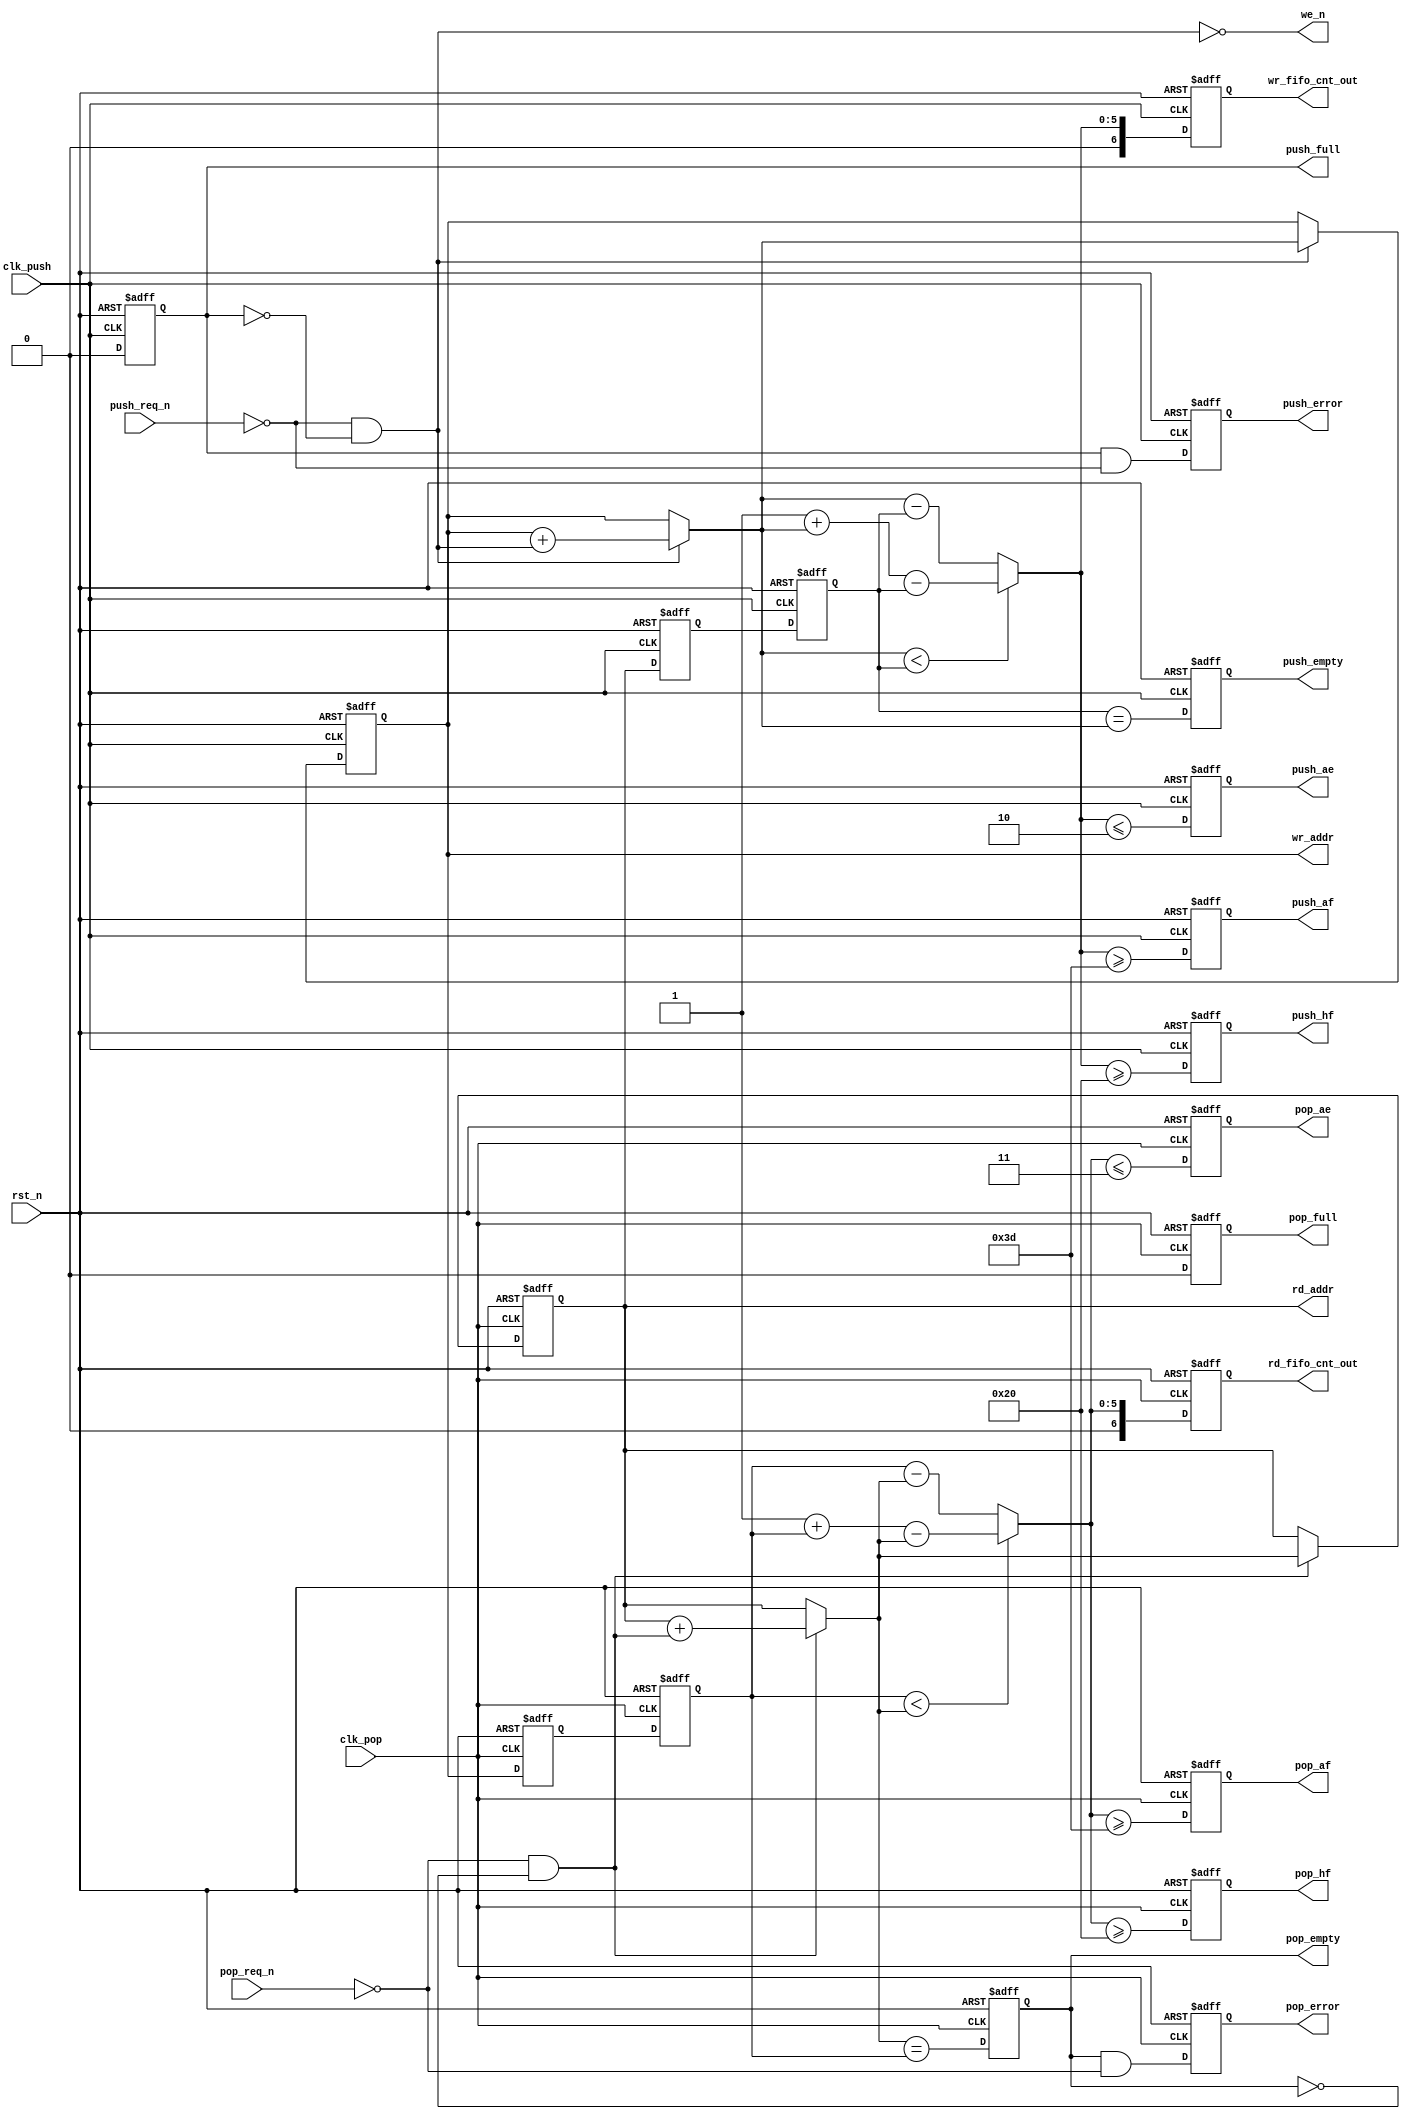

//--------------------------------------------------------------------------------------------------
//
// Title       : fifoctl_s2_sf_bin
// Design      : fifoctl_s2_sf_bin


//-------------------------------------------------------------------------------------------------
//
// Description : fifoctl_s2_sf_bin is a dual independent clock FIFO RAM controller. It is designed to 
// interface with a dual-port synchronous RAM. The RAM must have:
//   A synchronous write port and An asynchronous read port.
//
// The FIFO controller provides address generation, write enable logic, flag logic, and operational
// error detection logic. Always use depth values that are powers of 2, (i.e. 8, 16, 32, 64, etc) to 
// ensure accurate and predictable status flag behavior. For depth values that are not a power of 2,
// logic controlling the FIFO must use the flags for flow control on a cycle-by-cycle basis. 
//
//-------------------------------------------------------------------------------------------------
// Fixes  : Fix for pop_ae. Removed checking of pop_empty in this case. This is not required
//          This could be valid if done combinatorially. Since this is registered, if the clock is
//					is lost when pop_empty is high, the pop_ae remains high till sync stages when clock is
//					recovered. And pop_full  --Nithin

`timescale 1ns/10ps

module fifoctl_s2_sf_bin
	(
	clk_push,
	clk_pop,
	rst_n,
	push_req_n,
	pop_req_n,
	we_n,
	push_empty,
	push_ae,
	push_hf,
	push_af,
	push_full,
	push_error,
	pop_empty,
	pop_ae,
	pop_hf,
	pop_af,
	pop_full,
	pop_error,
	wr_addr,
	rd_addr,
    rd_fifo_cnt_out,
    wr_fifo_cnt_out
	)/* synthesis syn_builtin_du = "weak" */;

	//Parameter declaration
	parameter 				depth		= 64;
	parameter 				push_ae_lvl	= 2;
	parameter 				push_af_lvl	= 3;
	parameter 				pop_ae_lvl	= 3;
	parameter 				pop_af_lvl	= 3;
	parameter 				err_mode	= 1;
	parameter 				push_sync	= 2;
	parameter 				pop_sync	= 2;
	parameter 				rst_mode	= 0; 

//implementing log2(depth)
`define _synp_dep depth
// +* `include "inc_file.inc"
//$Header: //synplicity/map510rc/designware/inc_file.inc#1 $
//-------------------------------------------------------------------------------------------------
//
// Title       : inc_file.inc 
// Design      : Include file for dw_verilog.v 

// Company     : Synplicity Inc.
// Version     : 3.1
//
//-------------------------------------------------------------------------------------------------


	`define C0 0+(`_synp_dep>1)+(`_synp_dep>2)+(`_synp_dep>4)+(`_synp_dep>8)+(`_synp_dep>16)+(`_synp_dep>32)+(`_synp_dep>64)                  
	`define C1 +(`_synp_dep>128)+(`_synp_dep>256)+(`_synp_dep>512)+(`_synp_dep>1028)+(`_synp_dep>2046)+(`_synp_dep>4096)              
	`define C2 +(`_synp_dep>8192)+(`_synp_dep>16384)+(`_synp_dep>32768)+(`_synp_dep>65536)+(`_synp_dep>131072)                
	`define C3 +(`_synp_dep>1<<18)+(`_synp_dep>1<<19)+(`_synp_dep>1<<20)+(`_synp_dep>1<<21)+(`_synp_dep>1<<22)                
	`define C4 +(`_synp_dep>1<<23)+(`_synp_dep>1<<24)+(`_synp_dep>1<<25)+(`_synp_dep>1<<26)+(`_synp_dep>1<<27)                
	`define C5 +(`_synp_dep>1<<28)+(`_synp_dep>1<<29)+(`_synp_dep>1<<30)                           
	`define C2BITS `C0 `C1 `C2 `C3 `C4 `C5                             



`define _synp_bit_width `C2BITS 

    //Input/output declaration
	input 								clk_push;        
	input 								clk_pop;         
	input								rst_n;           
	input								push_req_n;      
	input   							pop_req_n;       
	output   							we_n;            
	output   							push_empty;      
	output   							push_ae;         
	output   							push_hf;         
	output   							push_af;         
	output								push_full;       
	output								push_error;      
	output								pop_empty;       
	output								pop_ae;          
	output								pop_hf;          
	output								pop_af;          
	output								pop_full;        
	output								pop_error;       
	output	[`_synp_bit_width - 1 : 0]	wr_addr;   
	output	[`_synp_bit_width - 1 : 0]	rd_addr;  
	output	[`_synp_bit_width : 0]	    wr_fifo_cnt_out;   
	output	[`_synp_bit_width : 0]	    rd_fifo_cnt_out;  
 
    //Internal register declaration	 
	//All pointers are _synp_bit_width + 1 size
	wire 							read_allow;
	wire 							write_allow;
	wire [`_synp_bit_width - 1 : 0] rd_ptr_b;
	reg [`_synp_bit_width - 1 : 0]  rd_ptr_bs;
	reg [`_synp_bit_width - 1 : 0]  rd_ptr_ba;
	reg [`_synp_bit_width - 1 : 0]  rd_ptr_nxt_b;
	wire [`_synp_bit_width - 1 : 0] rd_ptr_b1;
	reg [`_synp_bit_width - 1 : 0]  rd_ptr_b1_s;
	reg [`_synp_bit_width - 1 : 0]  rd_ptr_b1_a;
	wire [`_synp_bit_width - 1 : 0] rd_ptr_b2;
	reg [`_synp_bit_width - 1 : 0]  rd_ptr_b2_s;
	reg [`_synp_bit_width - 1 : 0]  rd_ptr_b2_a;
	wire [`_synp_bit_width - 1 : 0] rd_ptr_b3;
	reg [`_synp_bit_width - 1 : 0]  rd_ptr_b3_s;
	reg [`_synp_bit_width - 1 : 0]  rd_ptr_b3_a;
	wire [`_synp_bit_width - 1 : 0] rd_ptr_bw;
	wire [`_synp_bit_width - 1 : 0] rd_fifo_cnt;
	wire                            pop_empty;
	reg                             pop_empty_s;
	reg                             pop_empty_a;
	wire 							pop_ae;
	reg 							pop_ae_s;
	reg 							pop_ae_a;
	wire 							pop_hf;
	reg 							pop_hf_s;
	reg 							pop_hf_a;
	wire 							pop_af;
	reg 							pop_af_s;
	reg 							pop_af_a;
	wire 							pop_full;
	reg 							pop_full_s;
	reg 							pop_full_a;
	wire 							pop_err;
	wire 							pop_error;
	reg 							pop_error_s;
	reg 							pop_error_a;
	wire [`_synp_bit_width - 1 : 0]	rd_addr_b;   
	reg [`_synp_bit_width - 1 : 0]  wr_ptr_bs;
	reg [`_synp_bit_width - 1 : 0]  wr_ptr_ba;
	wire [`_synp_bit_width - 1 : 0] wr_ptr_b;
	reg [`_synp_bit_width - 1 : 0]  wr_ptr_nxt_b;
	wire [`_synp_bit_width - 1 : 0] wr_ptr_b1;
	reg [`_synp_bit_width - 1 : 0]  wr_ptr_b1_s;
	reg [`_synp_bit_width - 1 : 0]  wr_ptr_b1_a;
	wire [`_synp_bit_width - 1 : 0] wr_ptr_b2;
	reg [`_synp_bit_width - 1 : 0]  wr_ptr_b2_s;
	reg [`_synp_bit_width - 1 : 0]  wr_ptr_b2_a;
	wire [`_synp_bit_width - 1 : 0] wr_ptr_b3;
	reg [`_synp_bit_width - 1 : 0]  wr_ptr_b3_s;
	reg [`_synp_bit_width - 1 : 0]  wr_ptr_b3_a;
	wire [`_synp_bit_width - 1 : 0] wr_ptr_br;
	wire [`_synp_bit_width - 1 : 0] wr_fifo_cnt;
	wire [`_synp_bit_width - 1 : 0] wr_ptr_gr;
	wire [`_synp_bit_width - 1 : 0] wr_ptr_nxt_br;
	wire 							push_full;
	reg 							push_full_s;
	reg 							push_full_a;
	wire 							push_empty;
	reg 							push_empty_s;
 	reg 							push_empty_a;
	wire 							push_ae;
	reg 							push_ae_s;
	reg 							push_ae_a;
	wire 							push_hf;
	reg 							push_hf_s;
	reg 							push_hf_a;
	wire 							push_af;
	reg 							push_af_s;
	reg 							push_af_a;
	wire 							push_err;
	wire 							push_error;
	reg 							push_error_s;
	reg 							push_error_a;
	wire [`_synp_bit_width - 1 : 0]	wr_addr_br;   
	reg [`_synp_bit_width : 0]	    wr_fifo_cnt_out_s;   
	reg [`_synp_bit_width : 0]	    rd_fifo_cnt_out_s;  
	reg [`_synp_bit_width : 0]	    wr_fifo_cnt_out_a;   
	reg [`_synp_bit_width : 0]	    rd_fifo_cnt_out_a;  
	wire [`_synp_bit_width : 0]	    wr_fifo_cnt_out;   
	wire [`_synp_bit_width : 0]	    rd_fifo_cnt_out;  
	
	//Output assignment
	assign we_n = ~write_allow;
	// Control signals deciding read and write - active high signals
	assign  read_allow = ~pop_req_n & ~pop_empty;
	assign  write_allow = ~push_req_n & ~push_full;
	assign 	rd_fifo_cnt_out = rst_mode ? rd_fifo_cnt_out_s : rd_fifo_cnt_out_a;
	assign 	wr_fifo_cnt_out = rst_mode ? wr_fifo_cnt_out_s : wr_fifo_cnt_out_a;
	
	// sync the bin coded pop pointer to the push clock domain
	//Sync reset
	always @ ( posedge clk_push )
		if ( !rst_n )
			begin 
				rd_ptr_b1_s <= 0;
				rd_ptr_b2_s <= 0;
				rd_ptr_b3_s <= 0;
			end
		else
			begin
				rd_ptr_b1_s <= rd_ptr_b;
				rd_ptr_b2_s <= rd_ptr_b1_s;
				rd_ptr_b3_s <= rd_ptr_b2_s;
			end	
			
	//Aync reset	
	always @ ( posedge clk_push or negedge rst_n )
		if ( !rst_n )
			begin 
				rd_ptr_b1_a <= 0;
				rd_ptr_b2_a <= 0;
				rd_ptr_b3_a <= 0;
			end
		else
			begin
				rd_ptr_b1_a <= rd_ptr_b;
				rd_ptr_b2_a <= rd_ptr_b1_a;
				rd_ptr_b3_a <= rd_ptr_b2_a;
			end							  
	
	assign rd_ptr_b1 = rst_mode ? rd_ptr_b1_s : rd_ptr_b1_a;
	assign rd_ptr_b2 = rst_mode ? rd_ptr_b2_s : rd_ptr_b2_a;
	assign rd_ptr_b3 = rst_mode ? rd_ptr_b3_s : rd_ptr_b3_a;
	assign rd_ptr_bw = push_sync == 1 ?  rd_ptr_b1 : (push_sync == 2 ? rd_ptr_b2 : rd_ptr_b3);
	
	//Registering the FIFO counters	
	always @(posedge clk_push )	 
		if ( !rst_n ) 
			wr_fifo_cnt_out_s <= 0;		
		else	
			wr_fifo_cnt_out_s <= wr_fifo_cnt;

	//Registering the FIFO counters	
	always @(posedge clk_push or negedge rst_n )	 
		if ( !rst_n ) 
			wr_fifo_cnt_out_a <= 0;		
		else	
			wr_fifo_cnt_out_a <= wr_fifo_cnt;
			
	//Registering the FIFO counters
	always @ ( posedge clk_pop )
		if ( !rst_n )
			rd_fifo_cnt_out_s <= 0;
		else
			rd_fifo_cnt_out_s <= rd_fifo_cnt;
		
	always @ ( posedge clk_pop or negedge rst_n )
		if ( !rst_n )
			rd_fifo_cnt_out_a <= 0;
		else
			rd_fifo_cnt_out_a <= rd_fifo_cnt;

	// sync the gray coded push pointer to the pop clock domain 
	always @ ( posedge clk_pop )
		if ( !rst_n )
			begin
				wr_ptr_b1_s <= 0;
				wr_ptr_b2_s <= 0;
				wr_ptr_b3_s <= 0;
			end
		else
			begin
				wr_ptr_b1_s <= wr_ptr_b;
				wr_ptr_b2_s <= wr_ptr_b1_s;
				wr_ptr_b3_s <= wr_ptr_b2_s;
			end
			
	always @ ( posedge clk_pop or negedge rst_n )
		if ( !rst_n )
			begin
				wr_ptr_b1_a <= 0;
				wr_ptr_b2_a <= 0;
				wr_ptr_b3_a <= 0;
			end
		else
			begin
				wr_ptr_b1_a <= wr_ptr_b;
				wr_ptr_b2_a <= wr_ptr_b1_a;
				wr_ptr_b3_a <= wr_ptr_b2_a;
			end

	assign wr_ptr_b1 = rst_mode ? wr_ptr_b1_s : wr_ptr_b1_a;
	assign wr_ptr_b2 = rst_mode ? wr_ptr_b2_s : wr_ptr_b2_a;
	assign wr_ptr_b3 = rst_mode ? wr_ptr_b3_s : wr_ptr_b3_a;
	assign wr_ptr_br = pop_sync == 1 ? wr_ptr_b1 : (pop_sync == 2 ? wr_ptr_b2 : wr_ptr_b3);		
	
	//Generation of rd_ptr and read_addr
	always @( posedge clk_pop )
		if (!rst_n)
			rd_ptr_bs <= 0;
		else
			rd_ptr_bs <= read_allow ? rd_ptr_nxt_b : rd_ptr_bs;
			
	//Async reset		
	always @( posedge clk_pop or negedge rst_n )
		if (!rst_n)
			rd_ptr_ba <= 0;
		else
			rd_ptr_ba <= read_allow ? rd_ptr_nxt_b : rd_ptr_ba;
			
	assign rd_ptr_b = rst_mode ? rd_ptr_bs : rd_ptr_ba;		
		
	//Incrementing pointer
	always	@( read_allow or rd_ptr_b )
		if ( read_allow ) 
			begin
				if ( rd_ptr_b == depth ) 
					rd_ptr_nxt_b = 0;
				else
					rd_ptr_nxt_b = rd_ptr_b + read_allow;
			end		
		else
			rd_ptr_nxt_b = rd_ptr_b;
	
	// Memory read-address pointer
	assign rd_addr = rd_ptr_b;	   
	
	/*****************************************************************
	                               POP clock domain
	*****************************************************************/
			  
	// FIFO empty on reset or when rd_ptr_nxt_g == wr_ptr_gr (synchronized wr_ptr)
	always @(posedge clk_pop )
		if (!rst_n) 
			pop_empty_s <= 1'b1;
		else 
			pop_empty_s <= (rd_ptr_nxt_b == wr_ptr_br);

 	//Async reset
	always @(posedge clk_pop or negedge rst_n )
		if (!rst_n) 
			pop_empty_a <= 1'b1;
		else 
			pop_empty_a <= (rd_ptr_nxt_b == wr_ptr_br);
			
	assign pop_empty = rst_mode ? pop_empty_s : pop_empty_a;		
	
	//Implementing pop_ae, pop_hf and pop_af flags			
	//FIFO count 		
	assign rd_fifo_cnt = wr_ptr_br < rd_ptr_nxt_b ? (depth + 1 + wr_ptr_br - rd_ptr_nxt_b): wr_ptr_br - rd_ptr_nxt_b;	 
				
	  //Generation of pop_ae, pop_hf and pop_af					
	  //Generation of almost_empty flag

		// Fixed by Nithin 
		// Need not check for pop_empty condition
		// If clock is lost when fifo was empty, then it would be a problem when the clock is back during synchronization

	  always @(posedge clk_pop) 
		  if (!rst_n) 
			  pop_ae_s <= 1'b1;           	 
		  else
			//  pop_ae_s <= pop_empty ? 1 : ( rd_fifo_cnt <= pop_ae_lvl );
			  pop_ae_s <= ( rd_fifo_cnt <= pop_ae_lvl );
			  
		//Async reset  
	  always @(posedge clk_pop or negedge rst_n) 
		  if (!rst_n) 
			  pop_ae_a <= 1'b1;           	 
		  else
		 //	  pop_ae_a <= pop_empty ? 1 : ( rd_fifo_cnt <= pop_ae_lvl );
			  pop_ae_a <= ( rd_fifo_cnt <= pop_ae_lvl );
			  
		assign pop_ae = rst_mode ? pop_ae_s : pop_ae_a;
				  
	  //Generation of half_full flag
	  always @(posedge clk_pop)
		  if (!rst_n) 
			  pop_hf_s <= 1'b0;           	 
		  else 
			  pop_hf_s <= ( rd_fifo_cnt >= (depth + 1)/2 );// & !pop_ae;
				  
	  //Async reset
	  always @(posedge clk_pop or negedge rst_n)
		  if (!rst_n) 
			  pop_hf_a <= 1'b0;           	 
		  else 
			  pop_hf_a <= ( rd_fifo_cnt >= (depth + 1)/2 );// & !pop_ae;
			  
	  assign pop_hf = rst_mode ? pop_hf_s : pop_hf_a;		  
				  
	  //Generation of almost_full flag
	  always @(posedge clk_pop) 
		  if (!rst_n) 
			  pop_af_s <= 1'b0;           	 
		  else 
			  pop_af_s <= ( rd_fifo_cnt >= depth - pop_af_lvl );// & pop_hf;
 	
	  always @(posedge clk_pop or negedge rst_n) 
		  if (!rst_n) 
			  pop_af_a <= 1'b0;           	 
		  else 
			  pop_af_a <= ( rd_fifo_cnt >= depth - pop_af_lvl );// & pop_hf;
 	
	  assign pop_af = rst_mode ? pop_af_s : pop_af_a; 
			  

		// Fixed by Nithin
		// Need not check for pop_af
		// If the clock is lost when the fifo was full, there will be problem when the clock comes back
	  //Generation of almost_full flag
	  always @(posedge clk_pop) 
		  if (!rst_n) 
			  pop_full_s <= 1'b0;           	 
		  else 
			//  pop_full_s <= ( rd_fifo_cnt == depth ) & pop_af;
			  pop_full_s <= ( rd_fifo_cnt == depth );
			 
	  //Async reset 
	  always @(posedge clk_pop or negedge rst_n) 
		  if (!rst_n) 
			  pop_full_a <= 1'b0;           	 
		  else 
			//  pop_full_a <= ( rd_fifo_cnt == depth ) & pop_af;
			  pop_full_a <= ( rd_fifo_cnt == depth );

	  assign pop_full = rst_mode ? pop_full_s : pop_full_a;		  
			  
	  //Error generation
	  assign pop_err =  pop_empty & ~pop_req_n ;
	  
	  always @(posedge clk_pop) 
		  if (!rst_n) 
			  pop_error_s <= 1'b0;           	 
		  else 		   
			  begin
				  if ( err_mode )
					  pop_error_s <= pop_err;
				  else if ( pop_err )
					  pop_error_s <= 1'b1;
			  end

	  always @(posedge clk_pop or negedge rst_n) 
		  if (!rst_n) 
			  pop_error_a <= 1'b0;           	 
		  else 		   
			  begin
				  if ( err_mode )
					  pop_error_a <= pop_err;
				  else if ( pop_err )
					  pop_error_a <= 1'b1;
			  end				 
			  
	  assign pop_error = rst_mode ? pop_error_s : pop_error_a;		  
			  
	/*****************************************************************
	                               PUSH clock domain
	*****************************************************************/
		  
	//Wr_ptr and wr_addr generation
	always @( posedge clk_push )
		if (!rst_n)
			wr_ptr_bs <= 0;
		else
			wr_ptr_bs <= write_allow ? wr_ptr_nxt_b : wr_ptr_bs;
			
	//Async reset		
	always @( posedge clk_push or negedge rst_n )
		if (!rst_n)  
			wr_ptr_ba <= 0;
		else
			wr_ptr_ba <= write_allow ? wr_ptr_nxt_b : wr_ptr_ba;
			
	assign 	wr_ptr_b = rst_mode ? wr_ptr_bs : wr_ptr_ba;
	
	//Incrementing pointer
	always	@( write_allow or wr_ptr_b )
		if ( write_allow )
			begin
				if ( wr_ptr_b == depth )
					wr_ptr_nxt_b = 0;
				else
					wr_ptr_nxt_b = wr_ptr_b + write_allow;
			end		
		else
			wr_ptr_nxt_b = wr_ptr_b;
				
	// Memory write-address pointer
    assign wr_addr = wr_ptr_b;

	
	//push_full = 1, when LSB are same, MSBs are opposite and Ex-or of 2 MSB
	always @(posedge clk_push )
		if (!rst_n) 
			push_full_s <= 0;
		else 
			push_full_s <=  ( wr_fifo_cnt == depth ); //&& push_af;

	//Async reset		
	always @(posedge clk_push or negedge rst_n)
		if (!rst_n) 
			push_full_a <= 0;
		else 
			push_full_a <= ( wr_fifo_cnt == depth ); //&& push_af;
			
	assign push_full = rst_mode ? push_full_s : push_full_a;			

	//converting sync. read ptr to binary
	assign wr_fifo_cnt = wr_ptr_nxt_b < rd_ptr_bw ? ( depth + 1 + wr_ptr_nxt_b - rd_ptr_bw ) : wr_ptr_nxt_b - rd_ptr_bw;
	
	//Generation of almost_empty flag
	  always @(posedge clk_push ) 
		  if (!rst_n) 
			  push_ae_s <= 1'b1;           	 
		  else
//			  push_ae_s <= push_empty ? 1 : ( wr_fifo_cnt <= push_ae_lvl );
			  push_ae_s <=  ( wr_fifo_cnt <= push_ae_lvl );
			  
	  //Async reset	  
	  always @(posedge clk_push or negedge rst_n) 
		  if (!rst_n) 
			  push_ae_a <= 1'b1;           	 
		  else
//			  push_ae_a <= push_empty ? 1 : ( wr_fifo_cnt <= push_ae_lvl );
			  push_ae_a <= ( wr_fifo_cnt <= push_ae_lvl );
			  
	  assign push_ae = rst_mode ? push_ae_s : push_ae_a;
			  
	  //Generation of half_full flag
	  always @(posedge clk_push)
		  if (!rst_n) 
			  push_hf_s <= 1'b0;           	 
		  else 
			  push_hf_s <= ( wr_fifo_cnt >= (depth + 1)/2 );// & !push_ae;
				  
	  always @(posedge clk_push or negedge rst_n )
		  if (!rst_n) 
			  push_hf_a <= 1'b0;           	 
		  else 
			  push_hf_a <= ( wr_fifo_cnt >= (depth + 1)/2 );// & !push_ae;
				  
	  assign push_hf = rst_mode ? push_hf_s : push_hf_a;
	  
	  //Generation of almost_full flag
	  always @(posedge clk_push) 
		  if (!rst_n) 
			  push_af_s <= 1'b0;           	 
		  else 
			  push_af_s <= ( wr_fifo_cnt >= depth - push_af_lvl );// & push_hf;
			  
	  always @(posedge clk_push or negedge rst_n) 
		  if (!rst_n) 
			  push_af_a <= 1'b0;           	 
		  else 
			  push_af_a <= ( wr_fifo_cnt >= depth - push_af_lvl );// & push_hf;

	  assign push_af = rst_mode ? push_af_s : push_af_a;
	  
	  //Generation of almost_full flag
	  always @(posedge clk_push) 
		  if (!rst_n) 
			  push_empty_s <= 1'b1;           	 
		  else 
			  push_empty_s <= (rd_ptr_bw == wr_ptr_nxt_b);
			  
	  always @(posedge clk_push or negedge rst_n) 
		  if (!rst_n) 
			  push_empty_a <= 1'b1;           	 
		  else 
			  push_empty_a <= (rd_ptr_bw == wr_ptr_nxt_b);
			  
	assign push_empty = rst_mode ? push_empty_s : push_empty_a;
	
	//Error generation
	  assign push_err =  push_full & ~push_req_n ;
	  
	  always @(posedge clk_push) 
		  if (!rst_n) 
			  push_error_s <= 1'b0;           	 
		  else 		   
			  begin
				  if ( err_mode )
					  push_error_s <= push_err;
				  else if ( push_err )
					  push_error_s <= 1'b1;
			  end		  
					  
	  always @(posedge clk_push or negedge rst_n) 
		  if (!rst_n) 
			  push_error_a <= 1'b0;           	 
		  else 		   
			  begin
				  if ( err_mode )
					  push_error_a <= push_err;
				  else if ( push_err )
					  push_error_a <= 1'b1;
			  end		  

	   assign push_error = rst_mode ? push_error_s : push_error_a;
	   
`undef _synp_bit_width
`undef _synp_dep
`undef C0
`undef C1
`undef C2
`undef C3
`undef C4
`undef C5
`undef C2BITS

endmodule